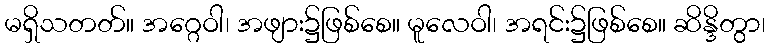
မရှိသတတ်။ အဂ္ဂေဝါ၊ အဖျား၌ဖြစ်စေ။ မူလေဝါ၊ အရင်း၌ဖြစ်စေ။ ဆိန္ဒိတွာ၊